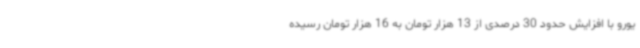
یورو با افزایش حدود 30 درصدی از 13 هزار تومان به 16 هزار تومان رسیده